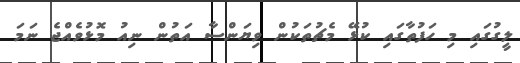
ލީގުގައި މި ހަފުތާގައި ކުޅޭ މެޗުތަކުން ވިޔަންސާ އަތުން ނިއު މޮޅުވެއްޖެ ނަމަ